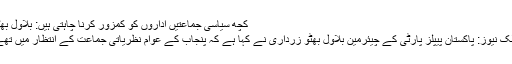
کچھ سیاسی جماعتیں اداروں کو کمزور کرنا چاہتی ہیں: بلاول بھٹو
پبلک نیوز: پاکستان پیپلز پارٹی کے چیئرمین بلاول بھٹو زرداری نے کہا ہے کہ پنجاب کے عوام نظریاتی جماعت کے انتظار میں تھے۔